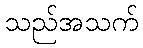
သည်အသက်